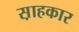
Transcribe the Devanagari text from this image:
स़ाहकार